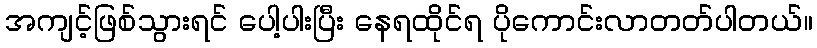
အကျင့်ဖြစ်သွားရင် ပေါ့ပါးပြီး နေရထိုင်ရ ပိုကောင်းလာတတ်ပါတယ်။